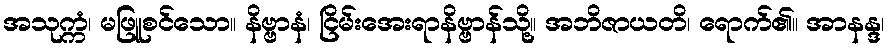
အသုက္ကံ၊ မဖြူစင်သော။ နိဗ္ဗာနံ၊ ငြိမ်းအေးရာနိဗ္ဗာန်သို့။ အဘိဇာယတိ၊ ရောက်၏။ အာနန္ဒ၊